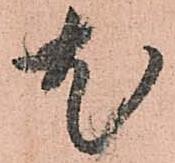
尤